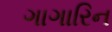
ગાગારિન